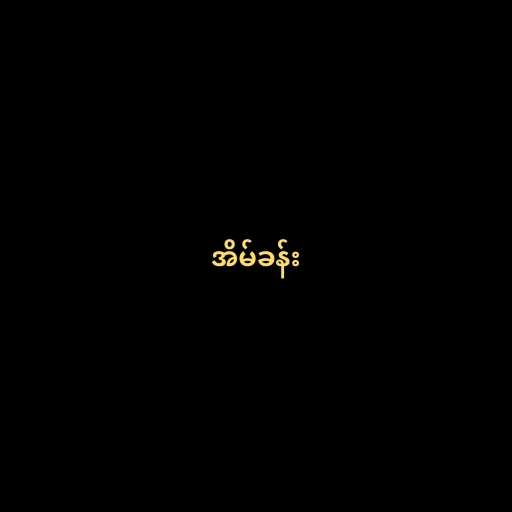
အိမ်ခန်း